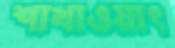
শাখাওয়াৎ